Annual statistical returns and brief notes on vaccination in Bengal - 1909-1929
Year: 1909
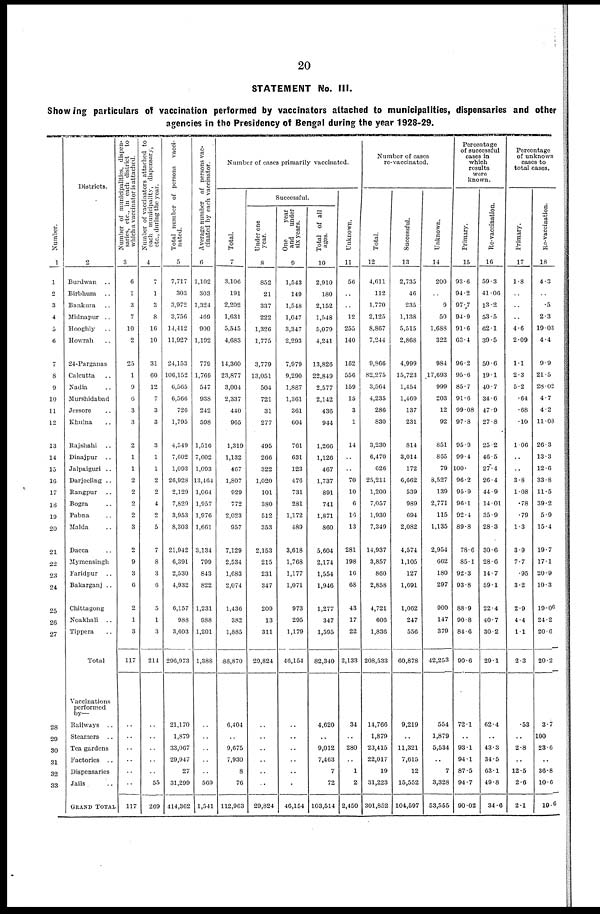
20
STATEMENT No. III.
Showing particulars of vaccination performed by vaccinators attached to municipalities, dispensaries and other
agencies in the Presidency of Bengal during the year 1928-29.
Number.
1
1
2
3
4
5
6
7
8
9
10
11
12
13
14
15
16
17
18
19
20
21
22
23
24
25
26
27
28
29
30
31
32
33
Districts.
2
Burdwan ..
Birbhum
..
Bankura ..
Midnapur ..
Hooghly ..
Howrah ..
24-Parganas
Calcutta ..
Nadia ..
Murshidabad
Jessore ..
Khulna ..
Rajshahi
..
Dinajpur ..
Jalpaiguri ..
Darjeeling ..
Rangpur ..
Bogra ..
Pabna ..
Malda ..
Dacca ..
Mymensingh
Faridpur ..
Bakarganj ..
Chittagong ..
Koakhali ..
Tippera ..
Total ..
Vaccinations
performed
by—
Railways ..
Steamers ..
Tea gardens
Factories ..
Dispensaries
Jails ..
GRAND TOTAL
Number of municipalities, dispen-
saries, etc., in each district
to
which a vaccinator is attached.
3
6
1
3
7
10
2
25
1
9
6
3
3
2
1
1
2
2
2
2
3
2
9
3
6
2
1
3
117
..
..
..
..
..
..
117
Number of vaccinators attached to
each municipality, dispensary,
etc.,
during
the
year.
4
7
1
3
8
16
10
31
60
12
7
3
3
3
1
1
2
2
4
2
5
7
8
3
6
5
1
3
214
..
..
..
..
..
55
269
Total number of persons vacci-
nated.
5
7,717
303
3,972
3,756
14,412
11,927
24,153
106,152
6,565
6,566
726
1,795
4,549
7,602
1,093
26,928
2,129
7,829
3,953
8,303
21,942
6,391
2,530
4,932
6,157
988
3,603
296,973
21,170
1,879
33,067
29,947
27
31,299
414,362
Average number of persons vac-
cinated by each vaccinator.
6
1,102
303
1,324
469
900
1,192
779
1,769
547
938
242
598
1,516
7,602
1,093
13,464
1,064
1,957
1,976
1,661
3,134
799
843
822
1,231
988
1,201
1,388
..
..
..
..
..
569
1,541
Number of cases primarily vaccinated.
Total.
7
3,106
191
2,202
1,631
5,545
4,683
14,360
23,877
3,004
2,337
440
965
1,319
1,132
467
1,807
929
772
2,023
957
7,129
2,534
1,683
2,074
1,436
382
1,885
88,870
6,404
..
9,675
7,930
8
76
112,963
Successful.
Under one
year.
8
852
21
337
222
1,326
1,775
3,779
13,051
504
721
31
277
495
266
322
1,020
101
380
512
353
2,153
215
231
347
209
13
311
29,824
..
..
..
..
..
..
29,824
One
year
and
under
six years.
9
1,543
149
1,548
1,047
3,347
2,293
7,979
9,290
1,887
1,361
361
604
761
631
123
476
731
281
1,172
489
3,618
1,768
1,177
1,071
973
295
1,179
46,154
..
..
..
..
..
..
46,154
Total of all
ages.
10
2,910
180
2,152
1,548
5,079
4,241
13,826
22,849
2,577
2,142
436
944
1,266
1,126
467
1,737
891
741
1,871
860
5,604
2,174
1,554
1,946
1,277
347
1,595
82,340
4,620
..
9,012
7,463
7
72
103,514
Unknown.
11
56
..
..
12
255
140
162
556
159
15
3
1
14
..
..
70
10
6
16
13
281
198
16
68
43
17
22
2,133
34
..
280
..
1
2
2,450
Number of cases
re-vaccinated.
Total.
12
4,611
112
1,770
2,125
8,867
7,244
9,866
82,275
3,564
4,235
286
830
3,230
6,470
626
25,211
1,200
7,057
1,930
7,349
14,937
3,857
860
2,858
4,721
606
1,836
208,533
14,766
1,879
23,415
22,017
19
31,223
301,852
Successful.
13
2,735
46
235
1,138
5,515
2,868
4,999
15,723
1,454
1,469
137
231
814
3,014
172
6,662
539
989
694
2,082
4,574
1,105
127
1,691
1,062
247
556
60,878
9,219
..
11,321
7,615
12
15,552
104,597
Unknown.
14
200
..
9
50
1,688
322
984
17,693
999
203
12
92
851
865
79
8,527
139
2,771
115
1,135
2,954
662
180
297
900
147
379
42,253
554
1,879
5,534
..
7
3,328
53,555
Percentage
of successful
cases in
which
results
were
known.
Primary.
15
93.6
94.2
97.7
94.9
91.6
63.4
96.2
95.6
85.7
91.6
99.08
97.8
95.9
99.4
100.
96.2
95.9
96.1
92.4
89.8
78.6
85.1
92.3
93.8
88.9
90.8
84.6
90.6
72.1
..
931
94.1
87.5
94.7
90.02
Re-vaccination.
16
59.3
41.06
13.2
53.5
62.1
39.5
50.6
19.1
40.7
34.6
47.9
27.8
25.2
46.5
27.4
26.4
44.9
14.01
35.9
28.3
30.6
28.6
14.7
59.1
22.4
40.7
30.2
29.1
62.4
..
43.3
34.5
63.1
49.8
34.6
Percentage
of unknown
cases to
total cases.
Primary.
17
1.8
..
..
..
4.6
2.09
1.1
2.3
5.2
.64
.68
.10
1.06
..
..
3.8
1.08
.78
.79
1.3
3.9
7.7
.95
3.2
2.9
4.4
1.1
2.3
.53
..
2.8
..
12.5
2.6
2.1
Re-vaccination.
18
4.3
..
.5
2.3
19.03
4.4
9.9
21.5
28.02
4.7
4.2
11.08
26.3
13.3
12.6
33.8
11.5
39.2
5.9
15.4
19.7
17.1
20.9
10.3
19.06
24.2
20.6
20.2
3.7
100
23.6
..
36.8
10.6
19.6